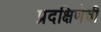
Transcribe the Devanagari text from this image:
प्रदक्षिणेची